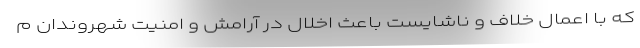
که با اعمال خلاف و ناشایست باعث اخلال در آرامش و امنیت شهروندان م